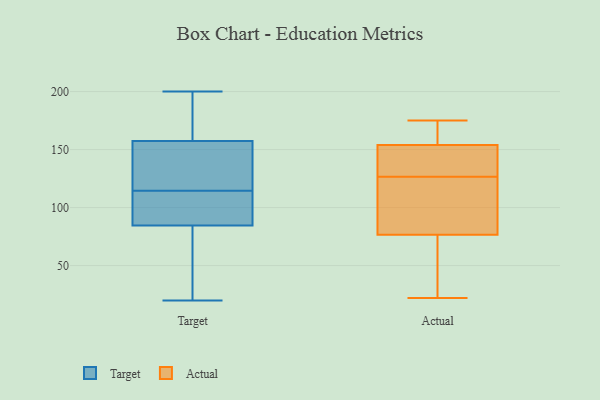
{"axis": {"x": "Tickets Resolved", "y": "Value"}, "legend": ["Actual", "Target"], "data": [{"x": "", "y": 86, "type": "Target"}, {"x": "", "y": 172, "type": "Target"}, {"x": "", "y": 83, "type": "Target"}, {"x": "", "y": 142, "type": "Target"}, {"x": "", "y": 153, "type": "Target"}, {"x": "", "y": 114, "type": "Target"}, {"x": "", "y": 44, "type": "Target"}, {"x": "", "y": 134, "type": "Target"}, {"x": "", "y": 20, "type": "Target"}, {"x": "", "y": 61, "type": "Target"}, {"x": "", "y": 93, "type": "Target"}, {"x": "", "y": 115, "type": "Target"}, {"x": "", "y": 164, "type": "Target"}, {"x": "", "y": 200, "type": "Target"}, {"x": "", "y": 94, "type": "Target"}, {"x": "", "y": 162, "type": "Target"}, {"x": "", "y": 63, "type": "Actual"}, {"x": "", "y": 167, "type": "Actual"}, {"x": "", "y": 147, "type": "Actual"}, {"x": "", "y": 80, "type": "Actual"}, {"x": "", "y": 175, "type": "Actual"}, {"x": "", "y": 82, "type": "Actual"}, {"x": "", "y": 124, "type": "Actual"}, {"x": "", "y": 129, "type": "Actual"}, {"x": "", "y": 162, "type": "Actual"}, {"x": "", "y": 141, "type": "Actual"}, {"x": "", "y": 73, "type": "Actual"}, {"x": "", "y": 161, "type": "Actual"}, {"x": "", "y": 22, "type": "Actual"}, {"x": "", "y": 141, "type": "Actual"}, {"x": "", "y": 94, "type": "Actual"}, {"x": "", "y": 38, "type": "Actual"}]}